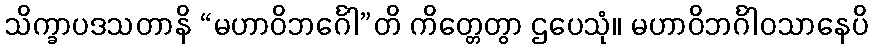
သိက္ခာပဒသတာနိ “မဟာဝိဘင်္ဂေါ”တိ ကိတ္တေတွာ ဌပေသုံ။ မဟာဝိဘင်္ဂါဝသာနေပိ